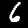
Digit: 6